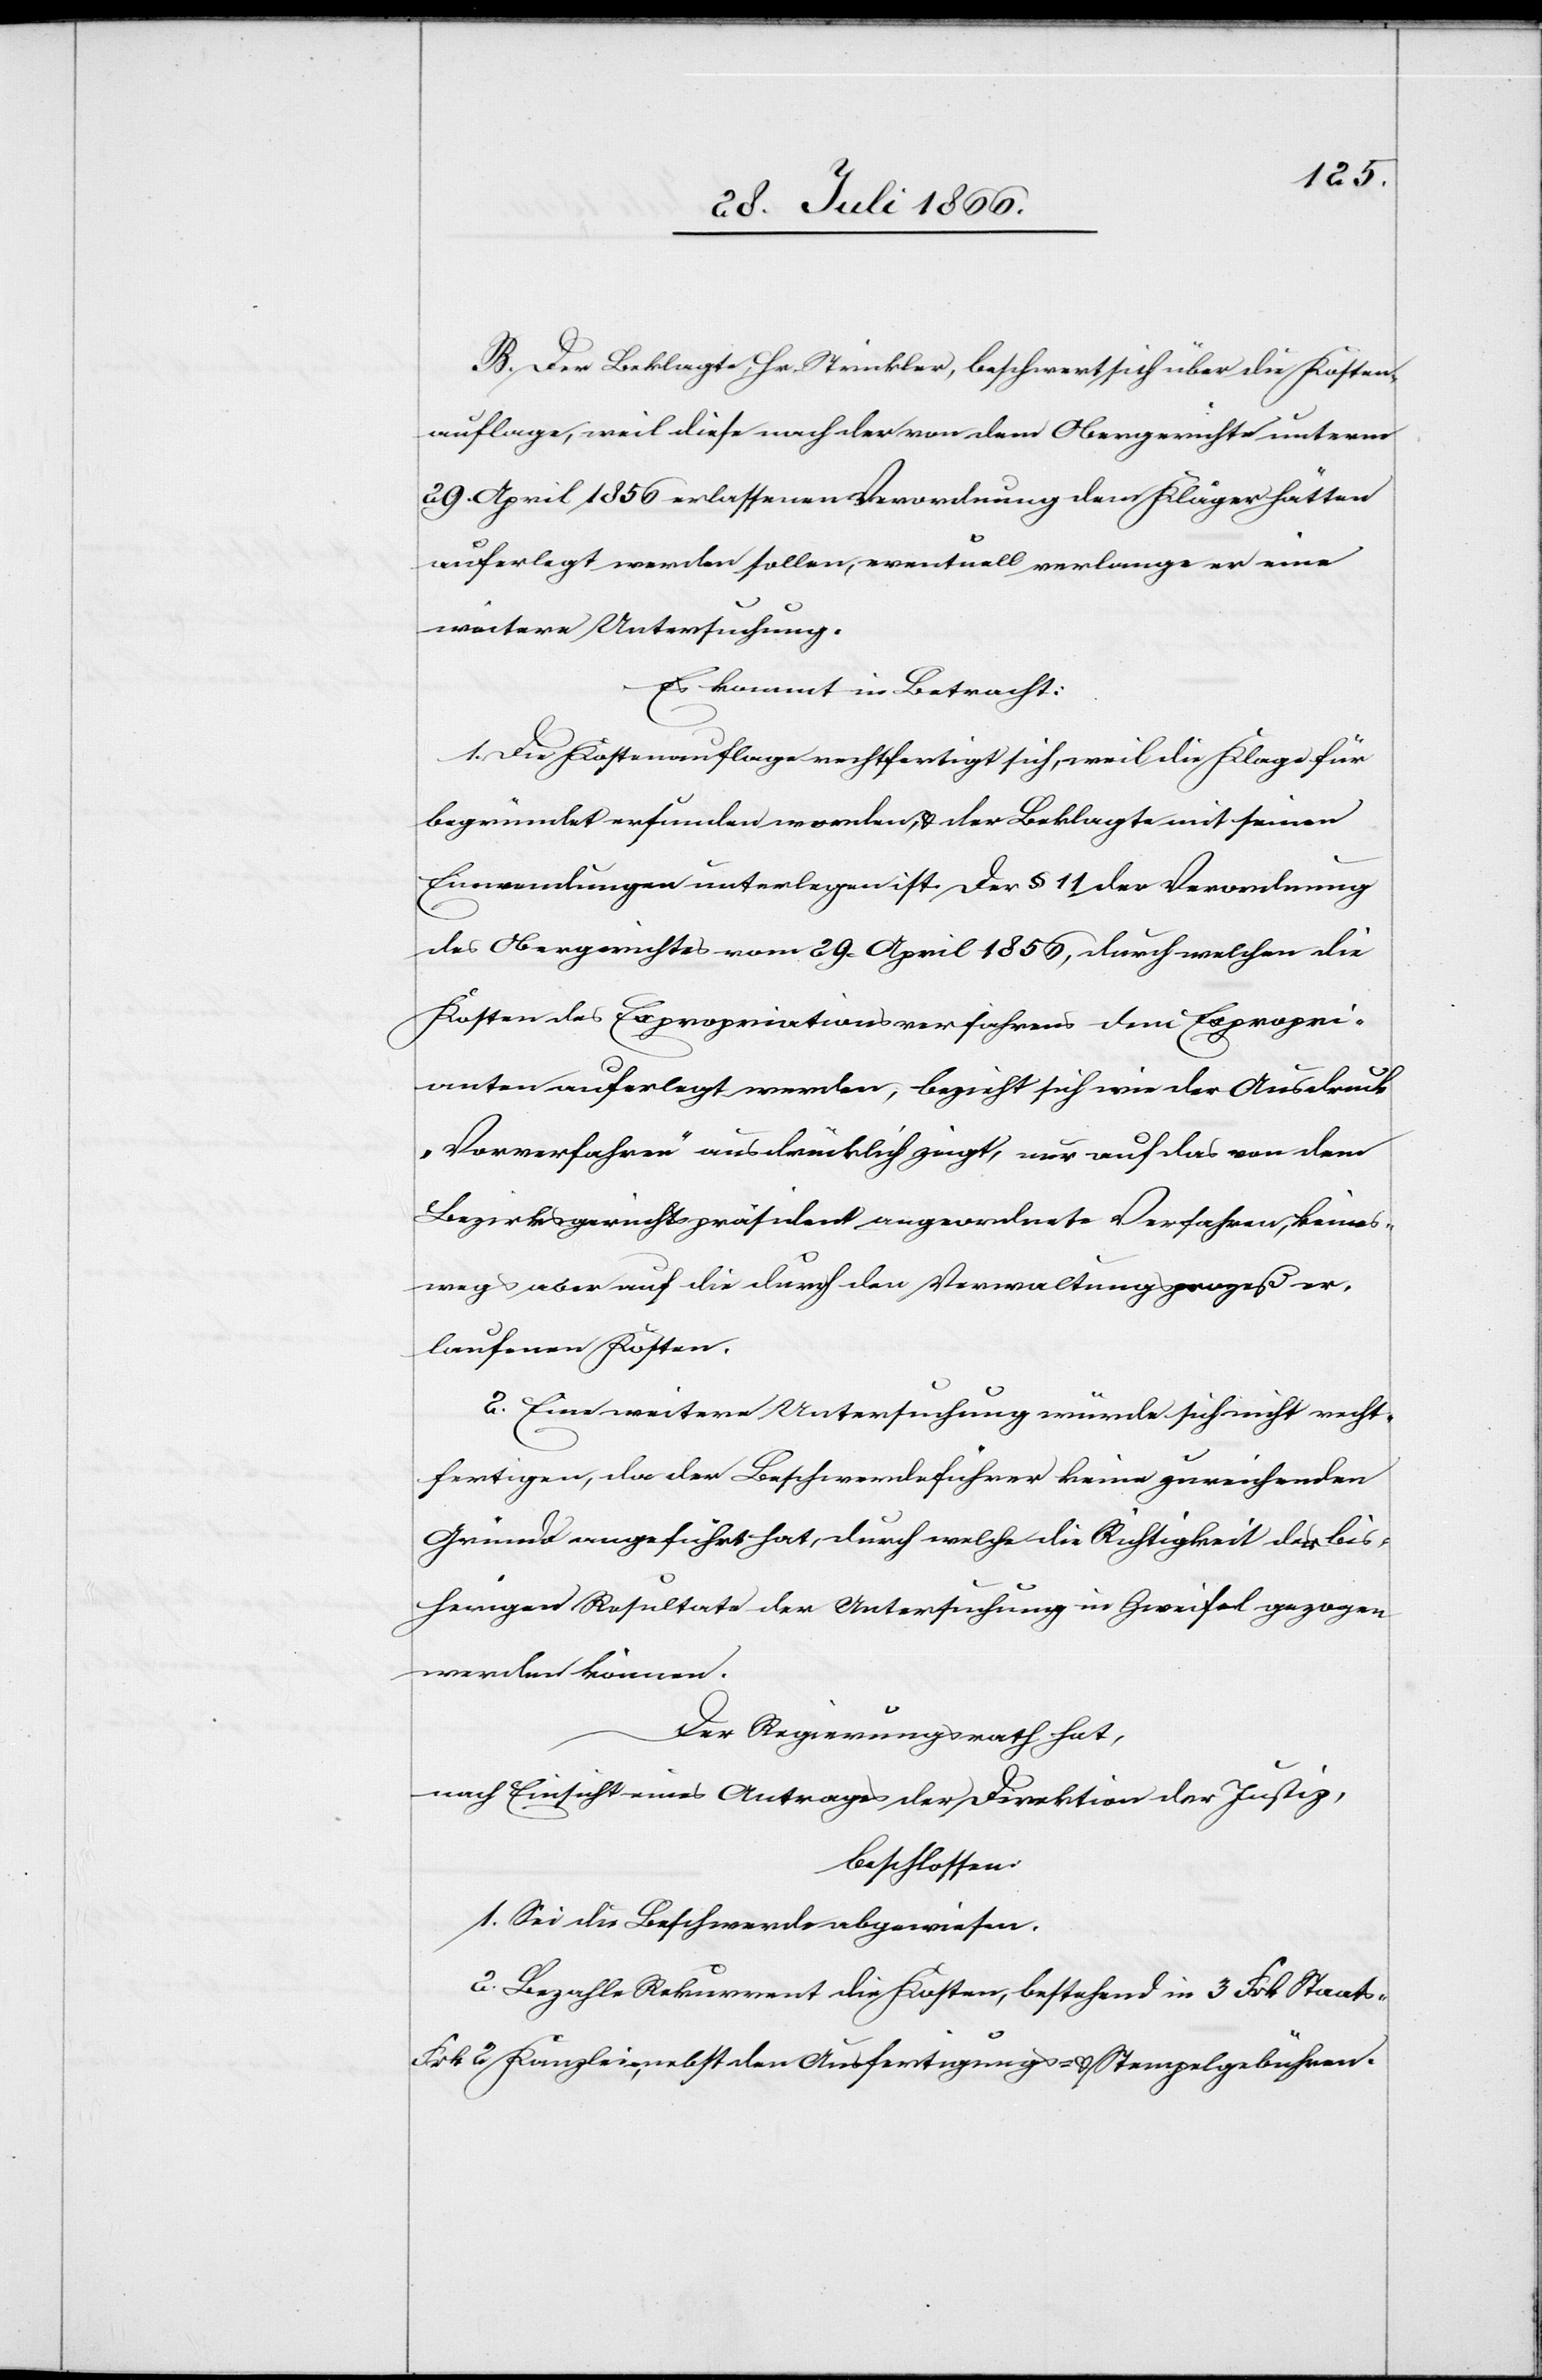
B. Der Beklagte, Hr. Strickler, beschwert sich über die Kosten¬
auflage, weil diese nach der von dem Obergerichte unterm
29. April 1856 erlassenen Verordnung dem Kläger hätten
auferlegt werden sollen, eventuell verlange er eine
weitere Untersuchung.
Es kommt in Betracht:
1. Die Kostenauflage rechtfertigt sich, weil die Klage für
begründet erfunden worden u. der Beklagte mit seinen
Einwendungen unterlegen ist. Der § 11 der Verordnung
des Obergerichtes vom 29. April 1856, durch welchen die
Kosten des Expropriationsverfahrens dem Exprorpri¬
anten auferlegt werden, bezieht sich wie der Ausdruck
„Vorverfahren“ ausdrücklich zeigt, nur auf das von dem
Bezirksgerichtspräsident angeordnete Verfahren, keines¬
wegs aber auf die durch den Verwaltungsprozeß er¬
laufenen Kosten.
2. Eine weitere Untersuchung würde sich nicht recht¬
fertigen, da der Beschwerdeführer keine zureichenden
Gründe angeführt hat, durch welche die Richtigkeit der bis¬
herigen Resultate der Untersuchung in Zweifel gezogen
werden können.
Der Regierungsrath hat,
nach Einsicht eines Antrages der Direktion der Justiz,
beschlossen:
1. Sei die Beschwerde abgewiesen.
2. Bezahle Rekurrent die Kosten, bestehend in 3 Frk. Staats-[,]
Frk. 2 Kanzlei, nebst den Ausfertigungs[-] u. Stempelgebühren.